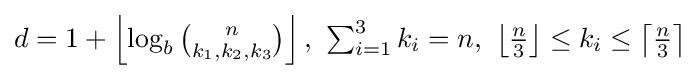
\textstyle d=1+\left\lfloor \log _{b}{n \choose k_{1},k_{2},k_{3}}\right\rfloor ,\ \sum _{i=1}^{3}{k_{i}}=n,\ \left\lfloor {\frac {n}{3}}\right\rfloor \leq k_{i}\leq \left\lceil {\frac {n}{3}}\right\rceil